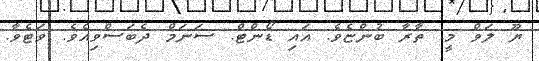
ޔޫ ލަވް މީ. ތާރާ ބުންޏެވެ. އައި ޑޯންޓް. ސަނަމް ދެބަސްވިއެވެ. ވަޓެވާ.